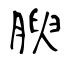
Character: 腴